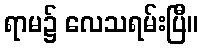
ရာမ၌ လေသရမ်းပြီ။